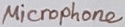
Text: Microphone